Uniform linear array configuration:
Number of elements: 48
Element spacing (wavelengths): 0.75
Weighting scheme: exponential
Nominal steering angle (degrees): -30
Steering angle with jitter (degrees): -29.751
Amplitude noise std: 0.05
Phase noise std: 0.05

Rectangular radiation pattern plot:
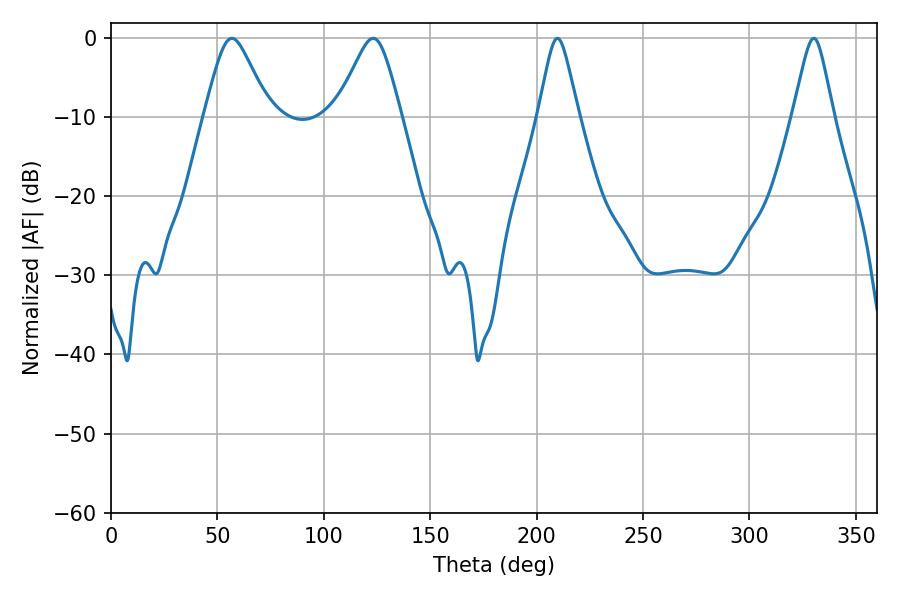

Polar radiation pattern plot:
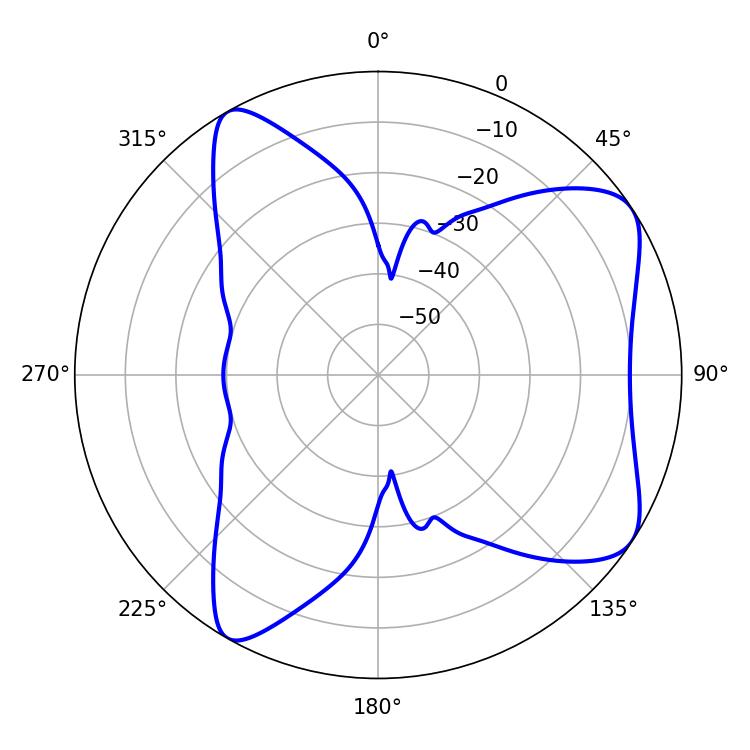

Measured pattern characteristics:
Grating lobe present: TRUE
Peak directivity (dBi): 7.415
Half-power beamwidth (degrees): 14.58
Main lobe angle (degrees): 56.88